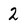
Character: 2